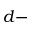
d -